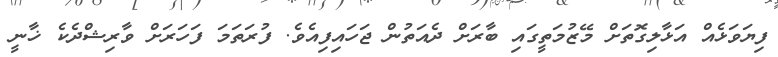
ފިޔަވަޅެއް އަޅާލިގޮތަށް މޭޒުމަތީގައި ބާރަށް ދެއަތުން ޖަހައިފިއެވެ. ފުރަތަމަ ފަހަރަށް ވާރިޝްދެކެ ޚާނީ